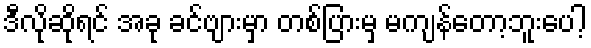
ဒီလိုဆိုရင် အခု ခင်ဗျားမှာ တစ်ပြားမှ မကျန်တော့ဘူးပေါ့